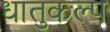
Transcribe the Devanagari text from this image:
धातुकल्प